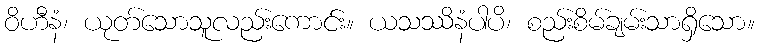
ဝိဟီနံ၊ ယုတ်သောသူလည်းကောင်း။ ယသဿိနံပါပိ၊ စည်းစိမ်ချမ်းသာရှိသော။